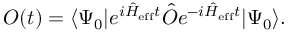
O ( t ) = \langle \Psi _ { 0 } | e ^ { i \hat { H } _ { \mathrm { e f f } } t } \hat { O } e ^ { - i \hat { H } _ { \mathrm { e f f } } t } | \Psi _ { 0 } \rangle .